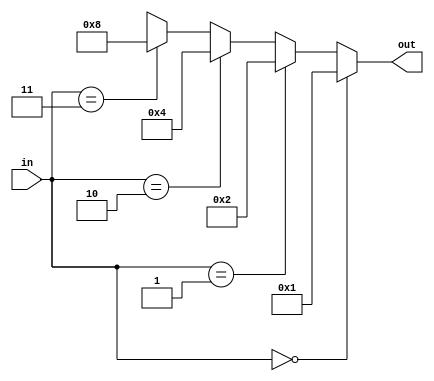
/*
 *  Dataflow Style Verilog Code
 *  2-to-4 Decoder
 *  out: 4bit, in: 2bit
 */

module df_decoder_2to4(out, in);
    output [3:0] out;
    input  [1:0] in;

    // out is assigned with nested tenary operators
    assign out = (in == 2'b00) ? 4'b0001 :
                 (in == 2'b01) ? 4'b0010 :
                 (in == 2'b10) ? 4'b0100 :
                 // don't care for unexpected input
                 (in == 2'b11) ? 4'b1000 : 4'bxxxx; 
endmodule